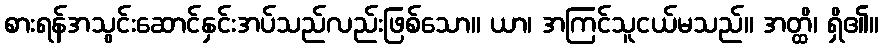
စားရန်အသွင်းဆောင်နှင်းအပ်သည်လည်းဖြစ်သော။ ယာ၊ အကြင်သူငယ်မသည်။ အတ္ထိ၊ ရှိ၏။